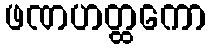
ဖဏဟတ္ထကော